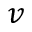
v